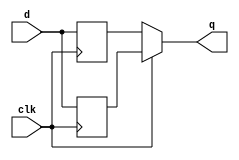
//2022_11_2 kerong
//Dual-edge triggered flip-flop
module top_module (
    input clk,
    input d,
    output q
);

reg neg_d;
reg pos_d;

always @(posedge clk)begin
    pos_d <= d;
end

always @(negedge clk) begin
    neg_d <= d;
end


assign q = clk ? pos_d : neg_d;

endmodule